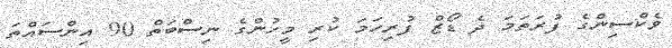
ވެކްސިންގެ ފުރަތަމަ ދެ ޑޯޒް ފުރިހަމަ ކުރި މީހުންގެ ނިސްބަތް 90 އިންސައްތަ